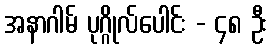
အနာဂါမ် ပုဂ္ဂိုလ်ပေါင်း - ၄၈ ဦး